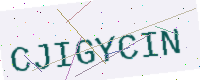
Text: CJIGYCIN